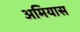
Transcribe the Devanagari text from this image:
अमियास